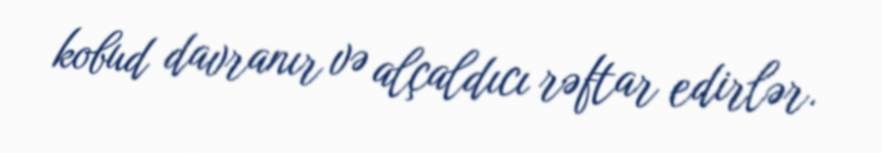
kobud davranır və alçaldıcı rəftar edirlər.